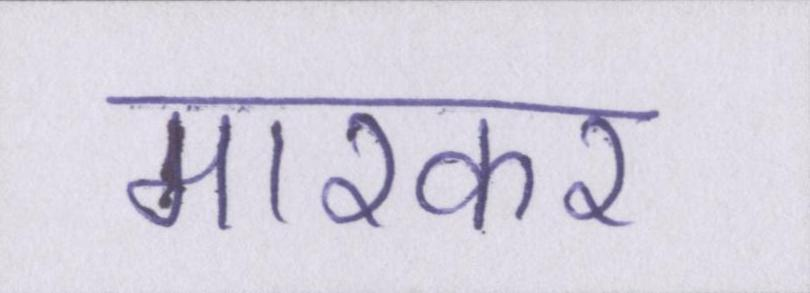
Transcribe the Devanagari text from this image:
मारकर